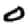
Digit: 0